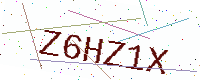
Text: Z6HZ1X